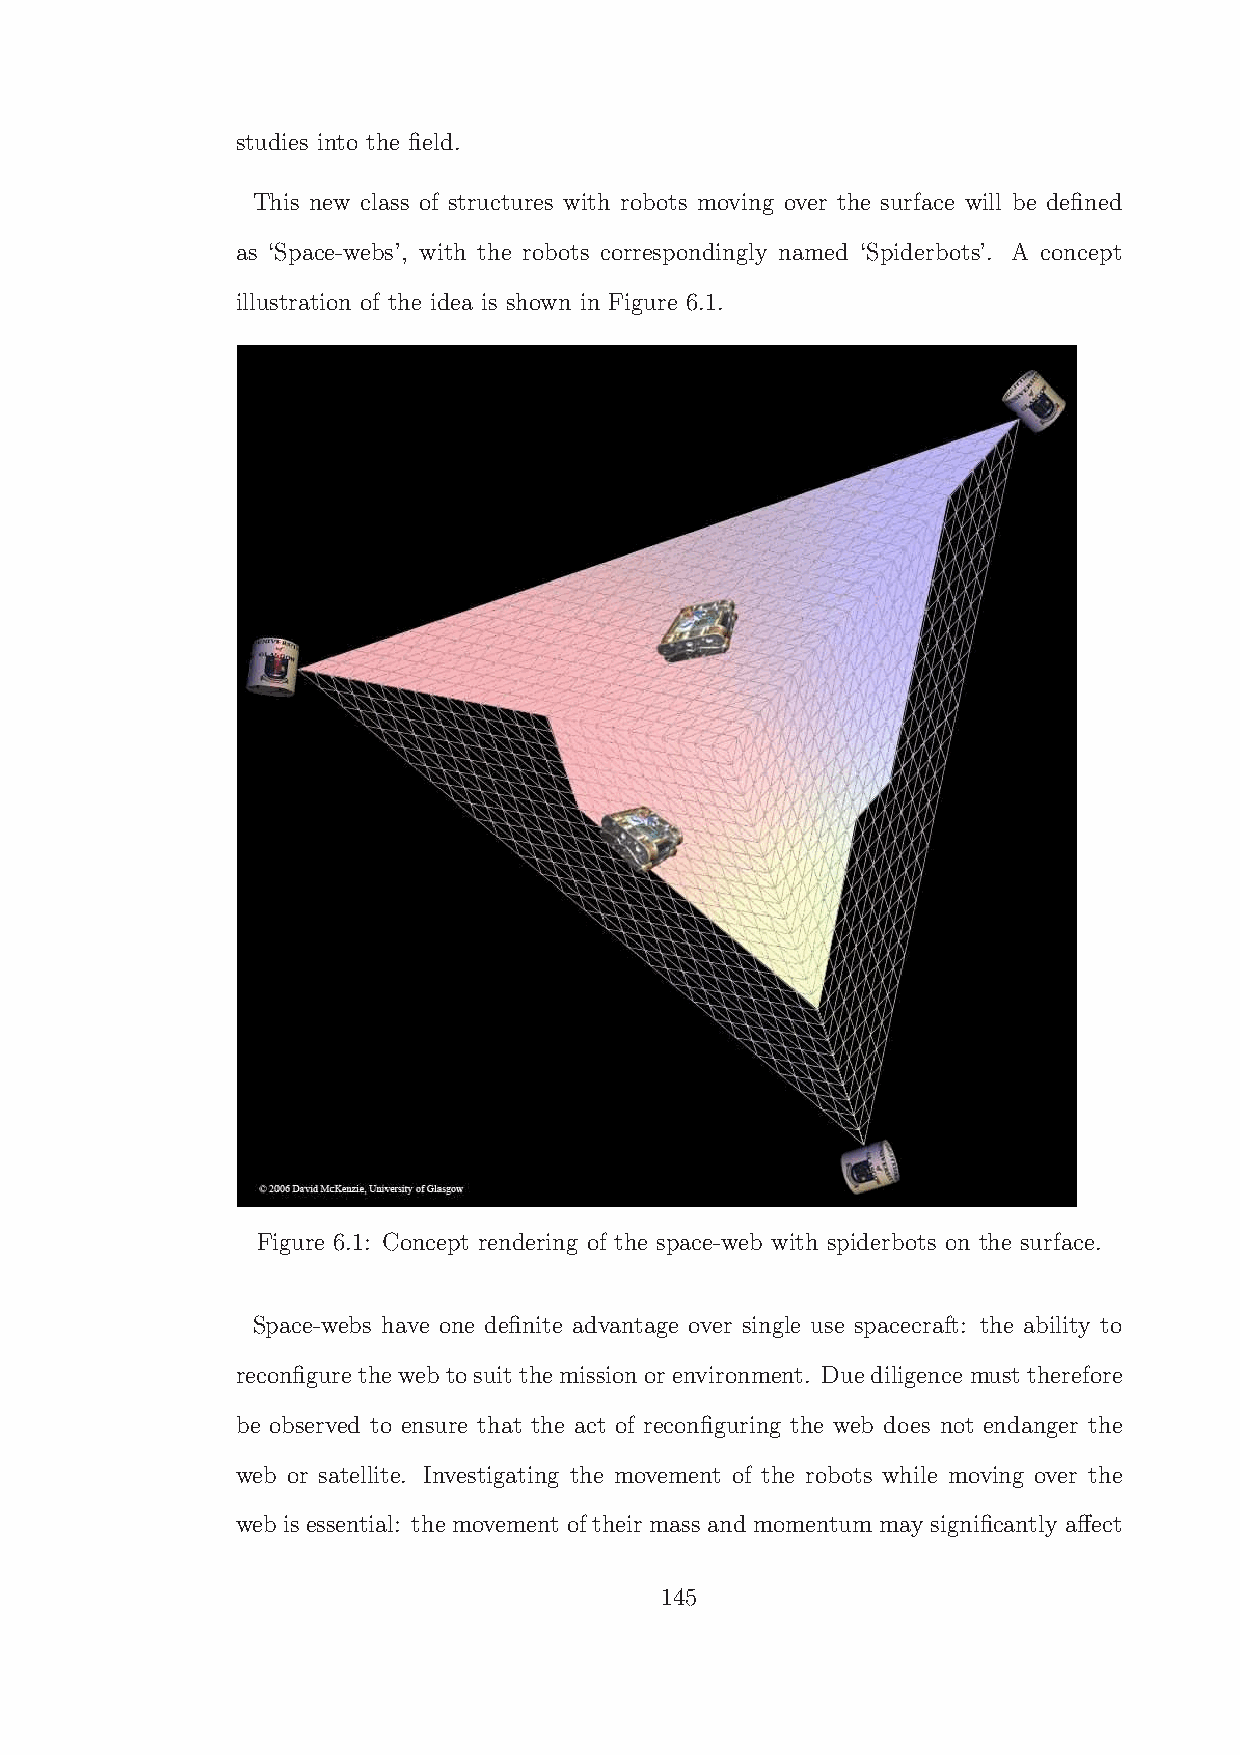
studies into the field.
 This new class of structures with robots moving over the surface will be defined
 as ‘Space-webs’, with the robots correspondingly named ‘Spiderbots’. A concept
 illustration of the idea is shown in Figure 6.1.
 Figure 6.1: Concept rendering of the space-web with spiderbots on the surface.
 Space-webs have one definite advantage over single use spacecraft: the ability to
 reconfigure theweb tosuit themission orenvironment. Duediligence must therefore
 be observed to ensure that the act of reconfiguring the web does not endanger the
 web or satellite. Investigating the movement of the robots while moving over the
 web is essential: the movement of their mass andmomentum may significantly affect
 145